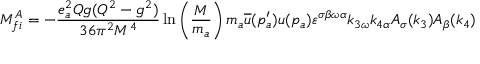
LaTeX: M _ { f i } ^ { A } = - \frac { e _ { a } ^ { 2 } Q g ( Q ^ { 2 } - g ^ { 2 } ) } { 3 6 \pi ^ { 2 } M ^ { 4 } } \ln \left( \frac { M } { m _ { a } } \right) m _ { a } \overline { { { u } } } ( p _ { a } ^ { \prime } ) u ( p _ { a } ) \varepsilon ^ { \sigma \beta \omega \alpha } k _ { 3 \omega } k _ { 4 \alpha } A _ { \sigma } ( k _ { 3 } ) A _ { \beta } ( k _ { 4 } )